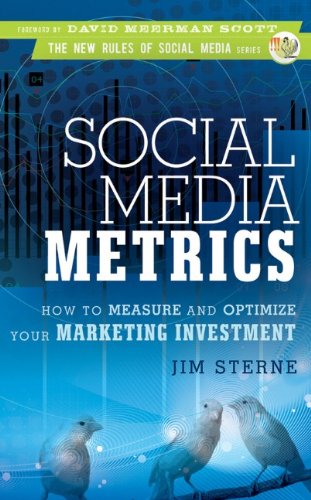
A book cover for Social Media Metrics: How to Measure and Optimize Your Marketing Investment; Jim Sterne; Computers & Technology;